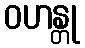
ဝဟန္တု